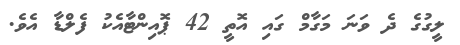
ލީގުގެ ދެ ވަނަ މަގާމް ގައި އޮތީ 42 ޕޮއިންޓާއެކު ފެލްޑާ އެވެ.